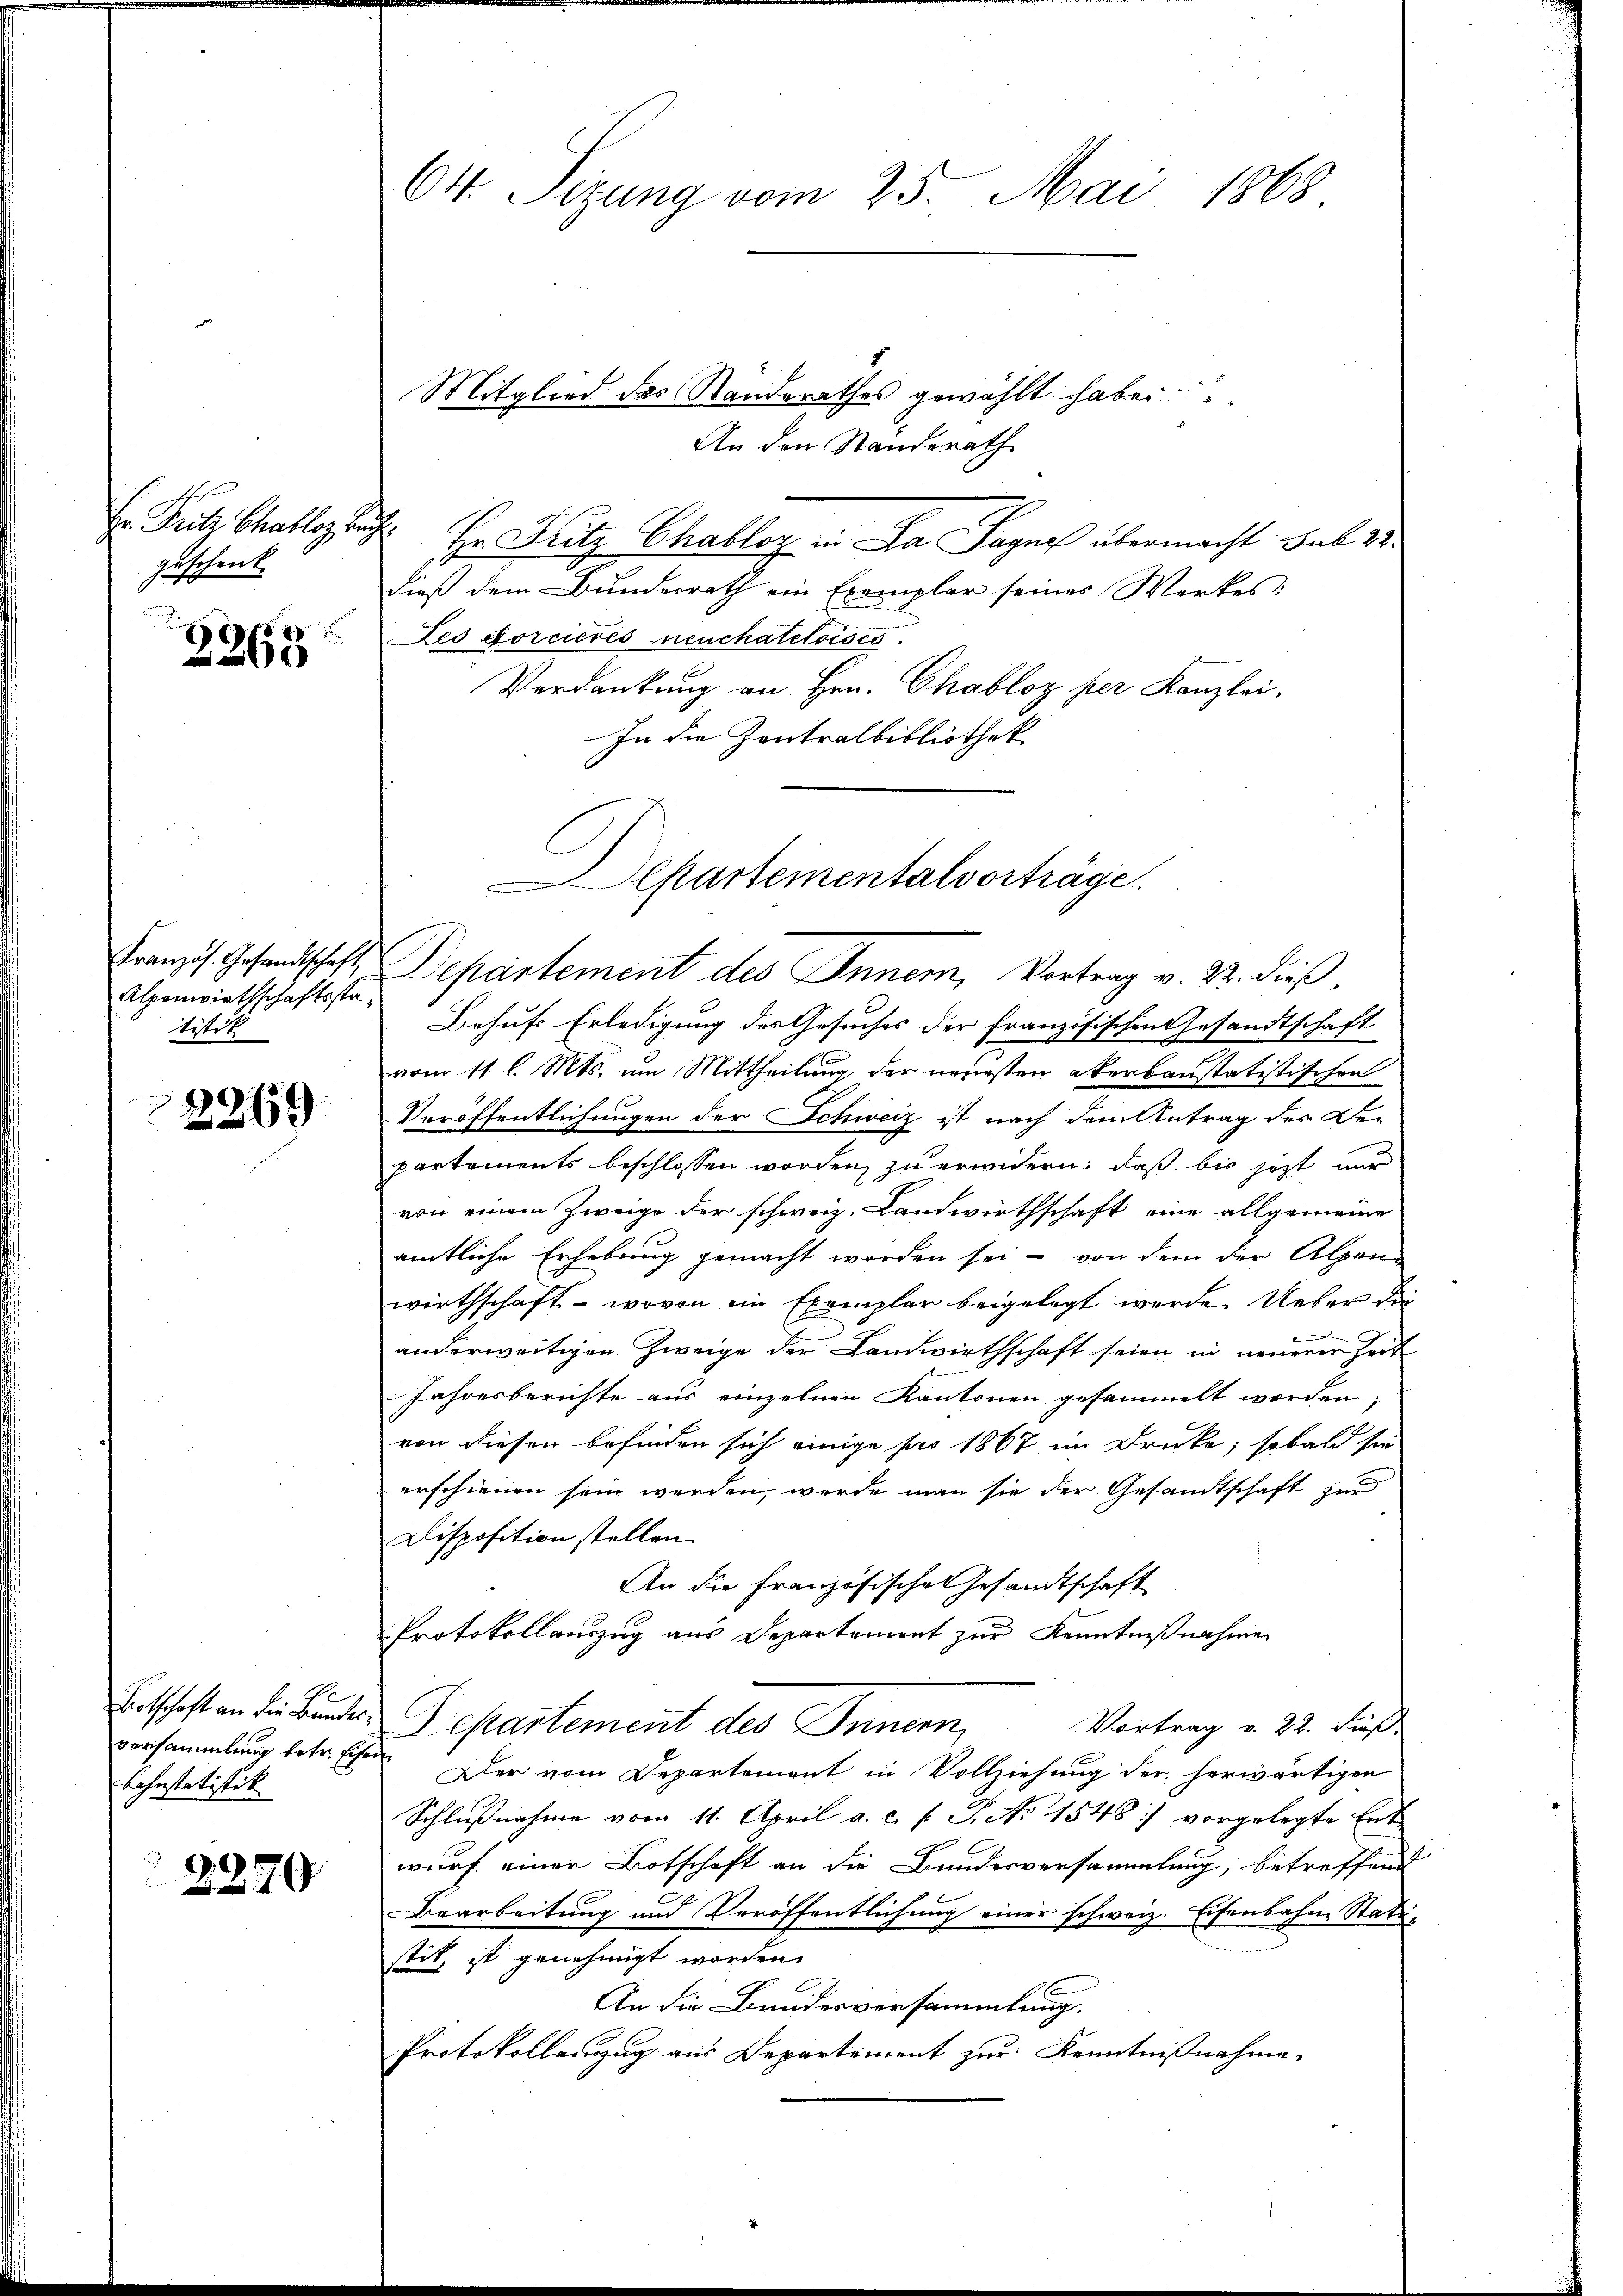
geschenk
s

3363

Französ. Gesandtschaft,
Alpenwirthschaftsstatitok

2269

Botschaft an die Bundes-
versammlung betr. Eisen
Lohnstatistik

2270

64. Sitzung vom 25. Mai 1868.

Departementalvorträge.
Departement des Inner, Vortrag v. 22. dieß.

Mitglied des Standerathes gewählt habe.
An den Standerath
Er Sutz Challog sich Hr. Fritz Chablor in Da Sagne übermacht sub 28.
dieß dem Bunderrath ein Exemplar seines Werkes
Les forcieres neuchateloises.
Verdankung an Hrn. Chabloz per Kanzlei,
In die Zentralbibliothek

Behufs Erledigung des Gesuches der französischen Gesandtschaft
vom 11. l. Mts. um Mittheilung der neuesten akerbaustatistischen
Veröffentlichungen der Schweiz ist nach dem Antrag des De-
partements beschlossen worden, zu erwidern, daß bis jetzt nur
von einem Zweige der schweiz. Landwirthschaft eine allgemeine
amtliche Erhebung gemacht worden sei - von dem der Alpen-
wirthschaft - wovon ein Exemplar beigelegt werde. Ueber die

anderweitigen Zweige der Landwirthschaft seien in neuerer Zeit
Jahresberichte aus einzelnen Kantonen gesammelt worden,
von diesen befinden sich einige pro 1867 im Drucke, sobald sie
erschienen sein werden, werde man sie der Gesandtschaft zur
Disposition stellen.
An die französische Gesandtschaft
Protokollauszug aus Departement zur Kenntnißnahmen
Departement des Innern,
Vortrag v. 22. dieß
 Der vom Departement in Vollziehung der herwärtigen
Schlußnahme vom 11. April a. c. l. J. No 1548 :/ vorgelegte Ent-
wurf einen Botschaft an die Bundesversammlung, betreffend
Bearbeitung und Veröffentlichung einer schweiz. Eisenbahne Statu-
stit, ist genehmigt worden.
An die Bundesversammlung.
Protokollanzug aus Departement zur Kenntnißnahme,